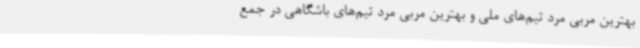
بهترین مربی مرد تیم‌های ملی و بهترین مربی مرد تیم‌های باشگاهی در جمع